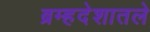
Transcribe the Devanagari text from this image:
ब्रम्हदेशातले